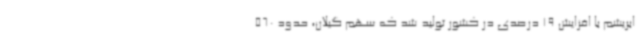
ابریشم با افزایش 19 درصدی در کشور تولید شد که سهم گیلان، حدود 560